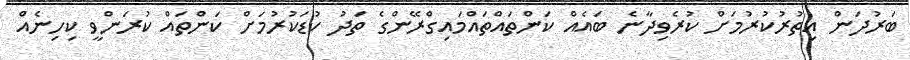
ބަރުދަން އިތުރުކުރުމަށް ކުރެވިދާނެ ބައެއް ކަންތައްތައްމައިގްރޭންގެ ތަދު ކުޑަކުރުމަށް ކަންތައް ކުރަންވީ ކިހިނެއް